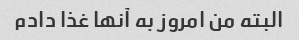
البته من امروز به آنها غذا دادم